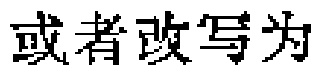
或者改写为